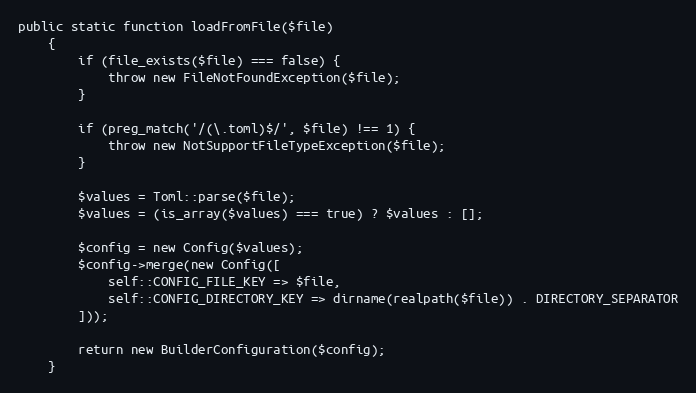
Language: PHP
public static function loadFromFile($file)
    {
        if (file_exists($file) === false) {
            throw new FileNotFoundException($file);
        }

        if (preg_match('/(\.toml)$/', $file) !== 1) {
            throw new NotSupportFileTypeException($file);
        }

        $values = Toml::parse($file);
        $values = (is_array($values) === true) ? $values : [];

        $config = new Config($values);
        $config->merge(new Config([
            self::CONFIG_FILE_KEY => $file,
            self::CONFIG_DIRECTORY_KEY => dirname(realpath($file)) . DIRECTORY_SEPARATOR
        ]));

        return new BuilderConfiguration($config);
    }